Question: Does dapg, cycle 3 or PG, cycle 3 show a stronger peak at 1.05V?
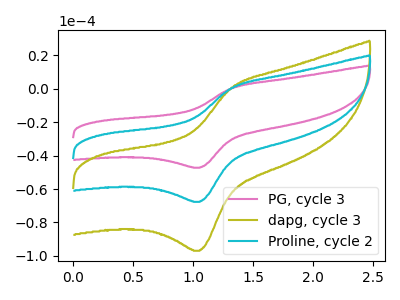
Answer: <think>The pink curve "PG, cycle 3" has an anodic peak at (1.30V, 0.40uA) and a cathodic peak at (1.05V, -47.25uA). The olive curve "dapg, cycle 3" has an anodic peak at (1.30V, 1.10uA) and a cathodic peak at (1.05V, -135.35uA). The cyan curve "Proline, cycle 2" has an anodic peak at (1.30V, 0.55uA) and a cathodic peak at (1.05V, -67.70uA).</think>
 <answer>The peak at 1.05V is higher in "dapg, cycle 3" than in "PG, cycle 3".</answer>
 <eval>higher</eval>